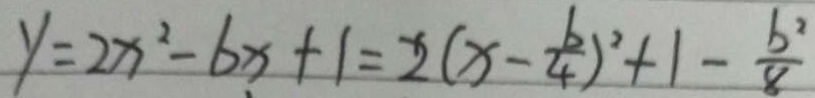
y = 2 x ^ { 2 } - b x + 1 = 2 ( x - \frac { b } { 4 } ) ^ { 2 } + 1 - \frac { b ^ { 2 } } { 8 }